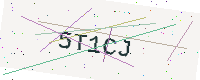
Text: 5T1CJ